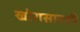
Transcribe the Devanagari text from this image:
खोरासानची